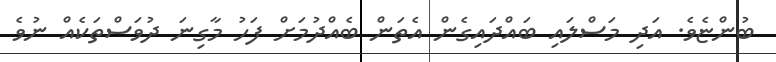
ބުންޏެވެ. އަދި މަސްލައި ބައްދައިގެން އެތަން ބެއްދުމަށް ފަހު މާގިނަ ދުވަސްތަކެއް ނުވެ